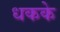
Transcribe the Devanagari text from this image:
धकके